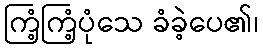
ကြံ့ကြံ့ပုံသေ ခံခဲ့ပေ၏၊